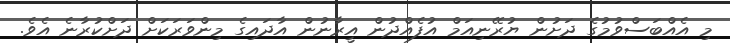
މި އެއްބަސްވުމުގެ ދަށުން ޔުރޭނިއަމް އުފެއްދުން އީރާނުން އާދައިގެ މިންވަރަކަށް ދަށްކުރާނެ އެވެ.